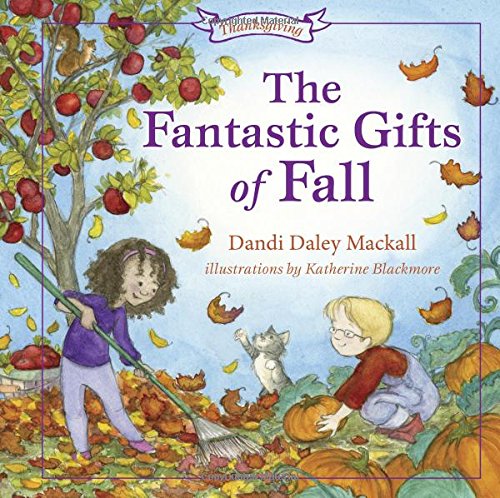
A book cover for The Fantastic Gifts of Fall (Seasons Series); Dandi Mackall; Children's Books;